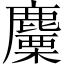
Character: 麜